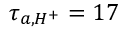
\tau _ { a , H ^ { + } } = 1 7